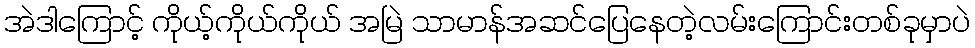
အဲဒါကြောင့် ကိုယ့်ကိုယ်ကိုယ် အမြဲ သာမာန်အဆင်ပြေနေတဲ့လမ်းကြောင်းတစ်ခုမှာပဲ